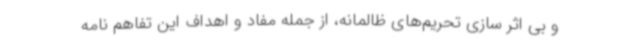
و بی اثر سازی تحریم‌های ظالمانه، از جمله مفاد و اهداف این تفاهم نامه